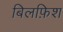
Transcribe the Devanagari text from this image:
बिलफ़िश